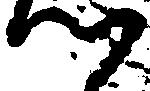
つ